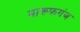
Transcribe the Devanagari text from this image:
मारूफ़गंज